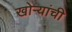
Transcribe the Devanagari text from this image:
खोऱ्यांची